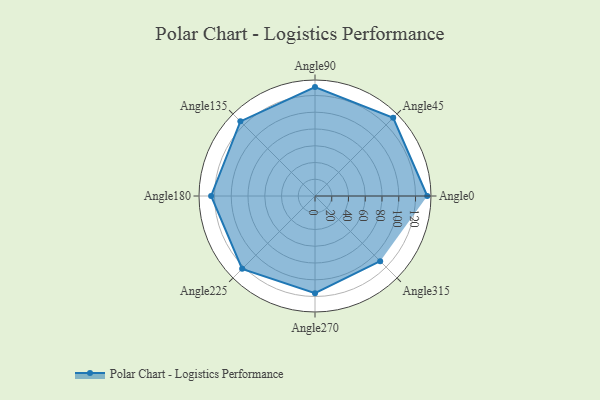
{"axis": {"x": "Angle", "y": "Radius"}, "legend": [""], "data": [{"x": "Angle0", "y": 134.0, "type": ""}, {"x": "Angle45", "y": 132.0, "type": ""}, {"x": "Angle90", "y": 130.0, "type": ""}, {"x": "Angle135", "y": 126.0, "type": ""}, {"x": "Angle180", "y": 124.0, "type": ""}, {"x": "Angle225", "y": 123.0, "type": ""}, {"x": "Angle270", "y": 116.0, "type": ""}, {"x": "Angle315", "y": 110.0, "type": ""}]}